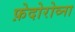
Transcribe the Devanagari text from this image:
फ़ेदोरोव्ना